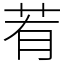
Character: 䒴